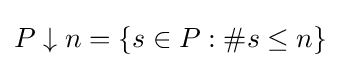
P\downarrow n=\{s\in P:\#s\leq n\}